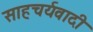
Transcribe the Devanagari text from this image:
साहचर्यवादी